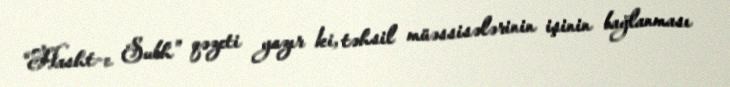
“Hasht-e Subh” qəzeti yazır ki, təhsil müəssisələrinin işinin bağlanması